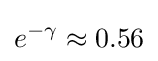
e^{-\gamma }\approx 0.56